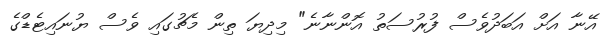
އޭނާ އަށް އަބަދުވެސް ފުރުސަތު އޮންނާނެ" މިދިޔަ ތިން މެޗުގައި ވެސް ޔުނައިޓެޑްގެ